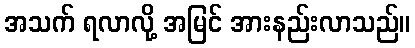
အသက် ရလာလို့ အမြင် အားနည်းလာသည်။